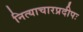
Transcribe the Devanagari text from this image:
नित्याचारप्रदीपः